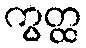
ကွတ္ထ